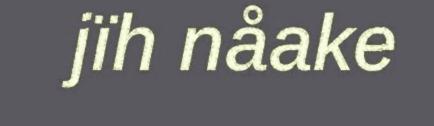
jïh nåake